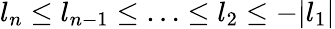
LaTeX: l_{n}\le l_{n-1}\le\ldots\le l_{2}\le-|l_{1}|